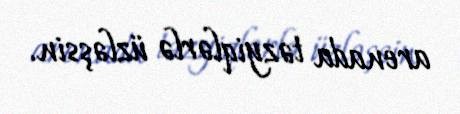
arenada təzyiqlərlə üzləşsin.